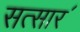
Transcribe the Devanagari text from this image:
सत्सार॔